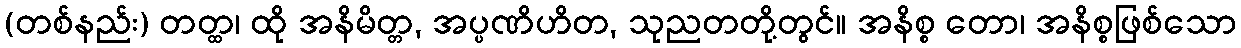
(တစ်နည်း) တတ္ထ၊ ထို အနိမိတ္တ, အပ္ပဏိဟိတ, သုညတတို့တွင်။ အနိစ္စ တော၊ အနိစ္စဖြစ်သော